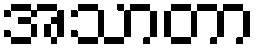
အသာတာ